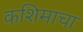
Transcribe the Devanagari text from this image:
कशिमाचा